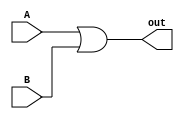
`timescale 1ns / 1ps
//////////////////////////////////////////////////////////////////////////////////
// Company: 
// Engineer: 
// 
// Design Name: 
// Module Name: bitOr
// Project Name: 
// Target Devices: 
// Tool Versions: 
// Description: 
// 
// Dependencies: 
// 
// Revision:
// Revision 0.01 - File Created
// Additional Comments:
// 
//////////////////////////////////////////////////////////////////////////////////


module bitOr(A, B, out);
    input A, B;
    output out;
    
    assign out = A | B;
endmodule